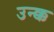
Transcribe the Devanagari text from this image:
उन्क्क